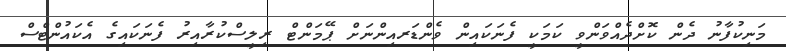
މަނިކުފާނު ދެން ކޮށްދެއްވަންވީ ކަމަކީ ފެނަކައިން ވެންޑަރއިންނަށް ޕޭމަންޓް ރިލީސްކުރާއިރު ފެނަކައިގެ އެކައުންޓްސް